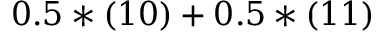
0 . 5 * ( 1 0 ) + 0 . 5 * ( 1 1 )